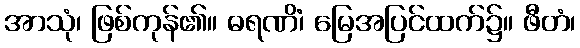
အာသုံ၊ ဖြစ်ကုန်၏။ ဓရဏိံ၊ မြေအပြင်ထက်၌။ ဖီတံ၊